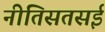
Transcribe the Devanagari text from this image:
नीतिसतसई